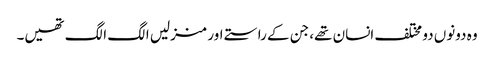
وہ دونوں دو مختلف انسان تھے، جن کے راستے اور منزلیں الگ الگ تھیں۔